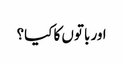
اور باتوں کا کیا؟